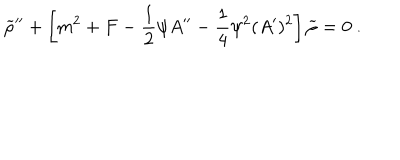
{ \widetilde \rho } ^ { \prime \prime } + \left[ m ^ { 2 } + F - { \frac { 1 } { 2 } } \psi A ^ { \prime \prime } - { \frac { 1 } { 4 } } \psi ^ { 2 } ( A ^ { \prime } ) ^ { 2 } \right] { \widetilde \rho } = 0 ~ .